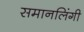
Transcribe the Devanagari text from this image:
समानलिंगी